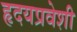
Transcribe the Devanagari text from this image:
हृदयप्रवेशी